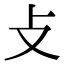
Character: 攴